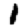
Digit: 1